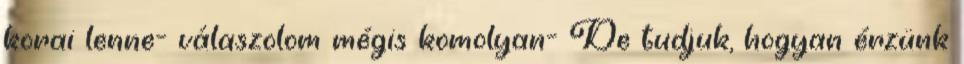
korai lenne- válaszolom mégis komolyan- De tudjuk, hogyan érzünk